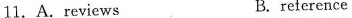
11.A.reviews B.reference